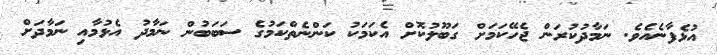
އުޅެފާނެއެވެ. ނަމާދުކުރަން ޖެހޭކަމަށް ގަބޫލުކޮށް އެކަމަކު ކަންނެތްކަމުގެ ސަބަބުން ނަމާދު އެޅުމާއި ނަމާދަށް